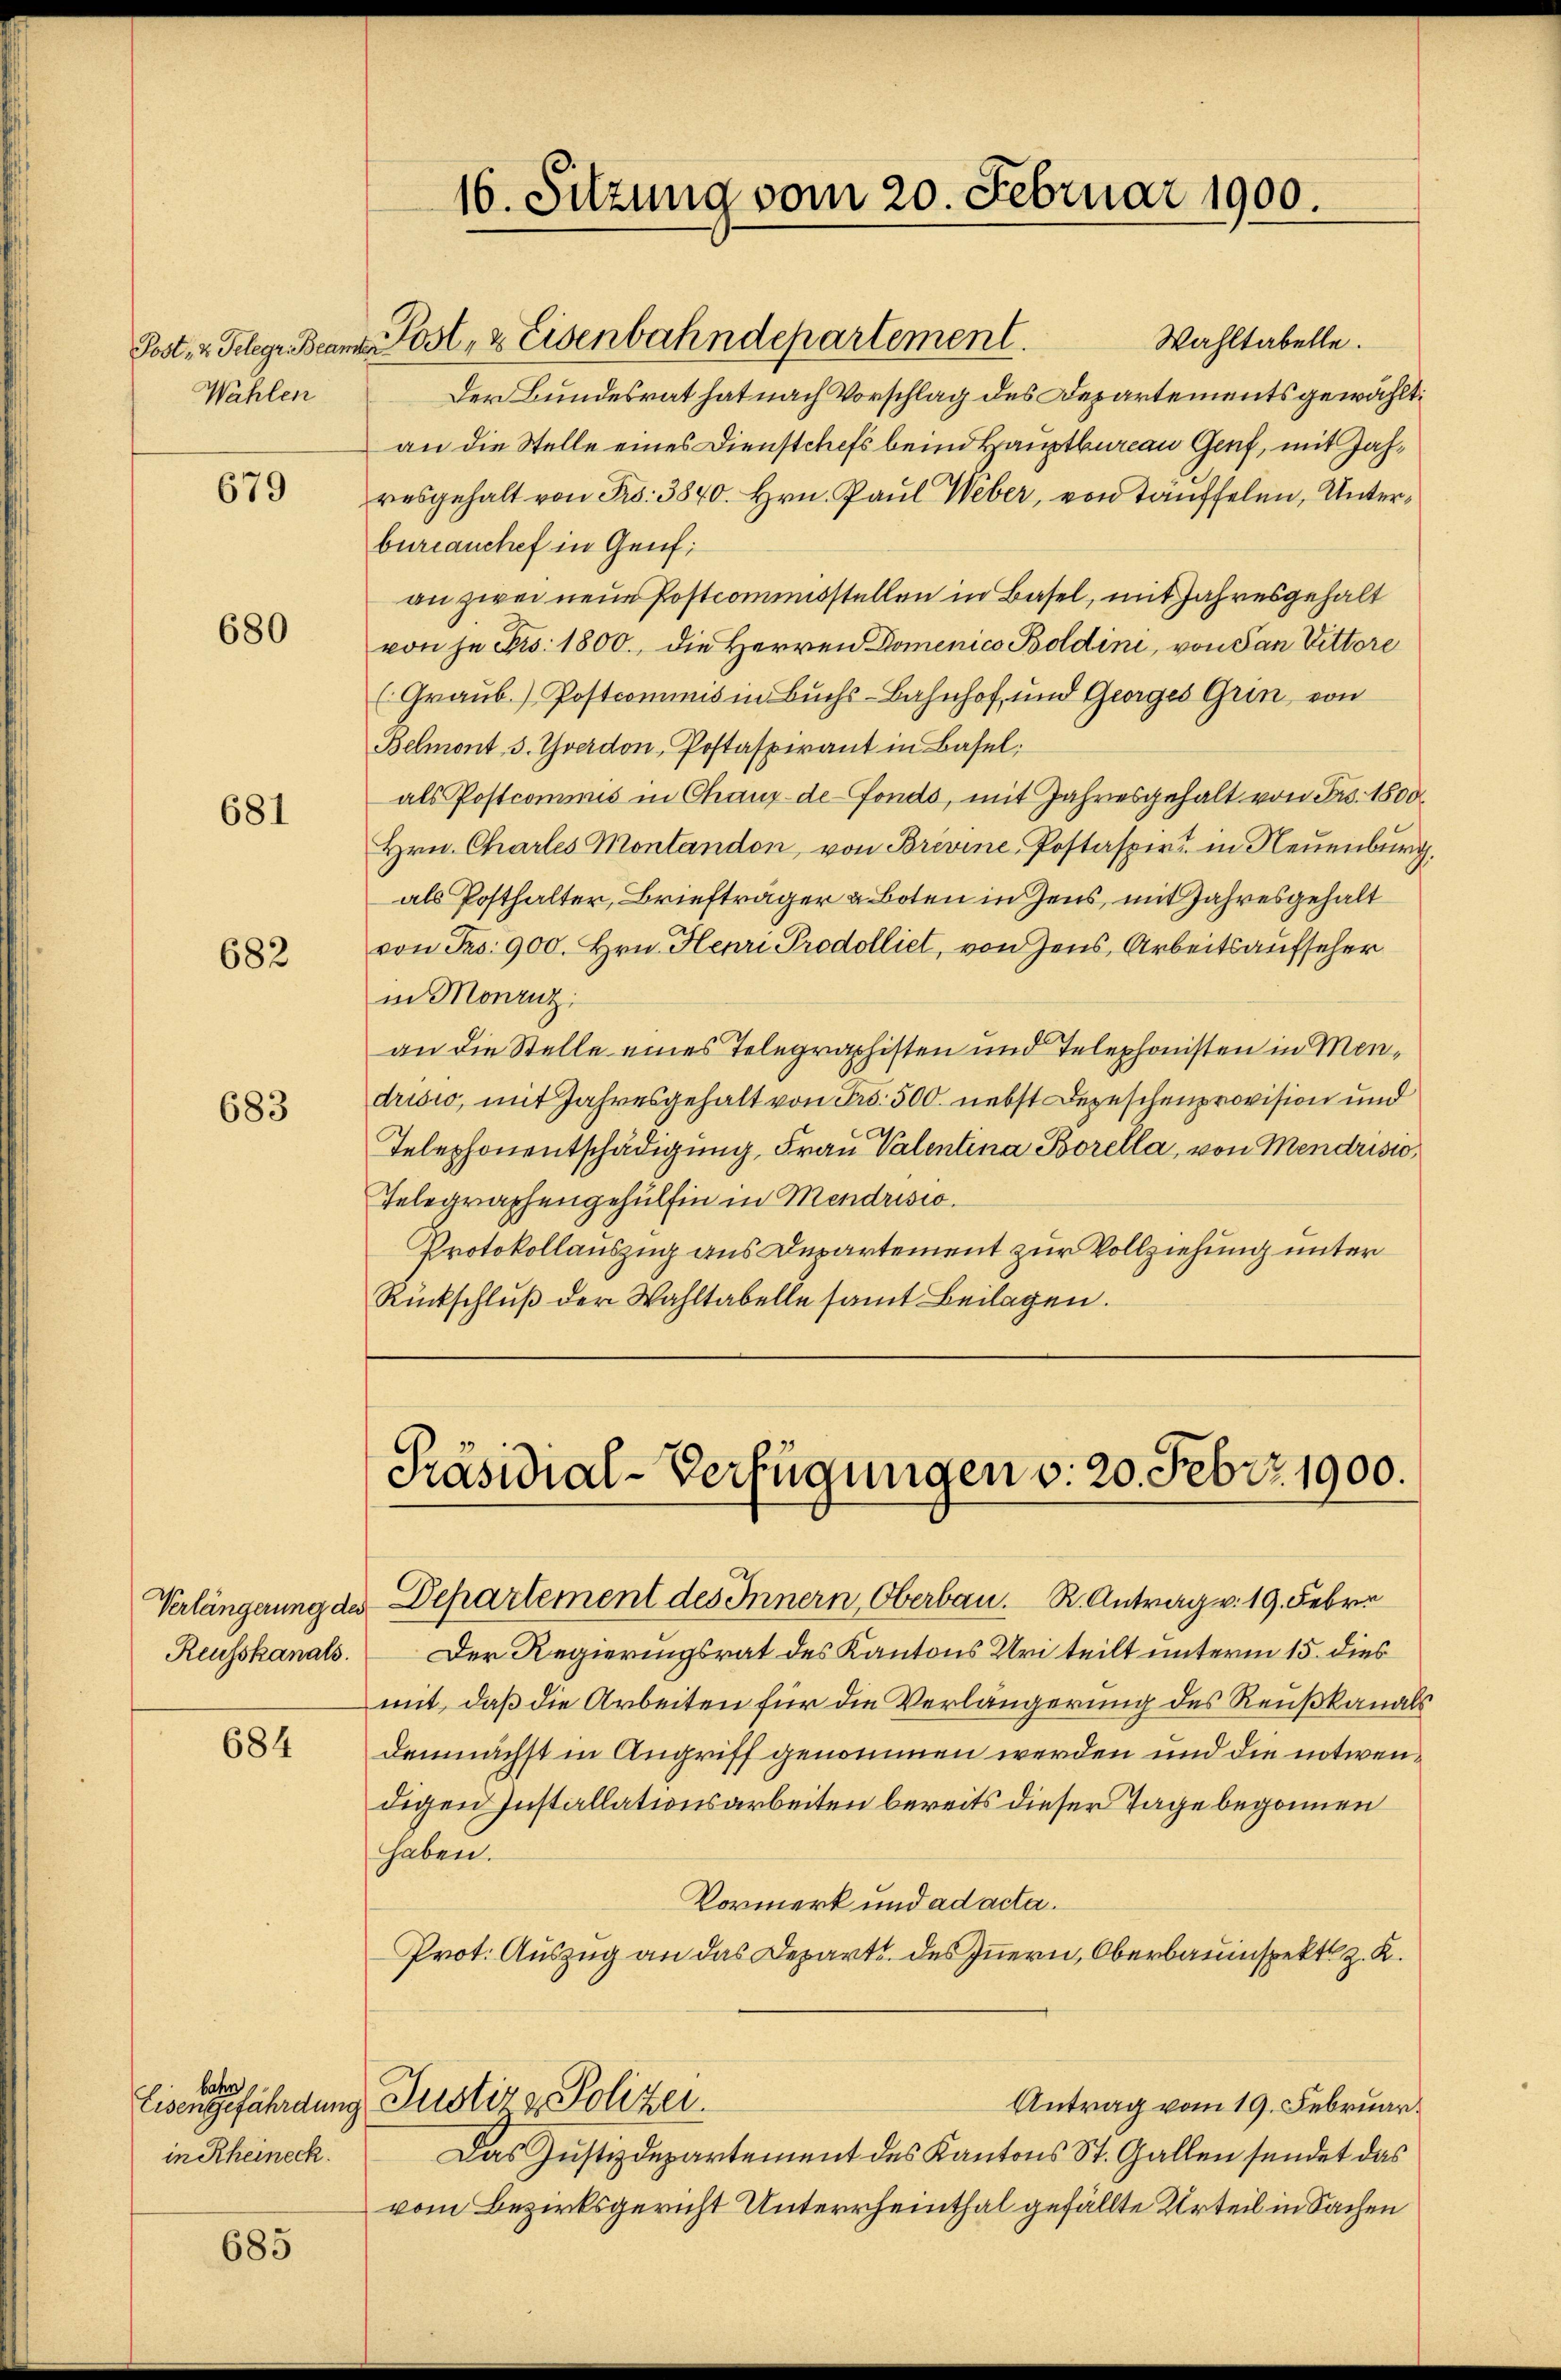
Wahlen

679

680

681

682

683

Verlängerung des
Reusskanals.

684

bahn
in Rheineck.

685

Wahltabelle.
Post- u. Telege Beamte Post- & Eisenbahndepartement.
Der Bundesrat hat nach Vorschlag des Departements gewählt:
an die Stelle eines Dienstchefs beim Hauptbureau Genf, mit Zahresgehalt von Fr. 3840. Hrn. Paul Weber, von Täuffelen, Unterbureauchef in Genf;
an zwei neue Postcommisstellen in Basel, mit Jahresgehalt
von je Fr. 1800., die Herren Domenico Boldini, von San Vittore
(Graub. / Postcommis in Buchs-Bahnhof und Georges Grin von
Belmont, 3. Yverdon, Postaspirant in Basel:
als Postcommis in Chaux-de-Fonds, mit Jahresgehalt von Fr. 1800
Hrn. Chartes Montandon, von Brevine-Postaspirt in Neuenburg,
als Posthalter, Briefträger u Boten in Zens, mit Jahresgehalt
von Fr. 900. Hrn. Henri Prodolliet, von Zens, Arbeitsaufseher
in Monzuz
an die Stelle eines Telegraphisten und Telephonisten in Mendrisco, mit Jahresgehalt von Fr. 500. nebst Depeschenprovision und
Telephonentschädigung, Frau Valentina Borella, von Mendristo
Telegraphengehülfen in Mendrisio
Protokollauszug aus Departement zur Vollziehung unter
Rückschluß der Wahltabelle samt Beilagen.

16. Sitzung vom 20. Februar 1900.

Präsidial-Verfügungen v. 20. Febr. 1900.

Departement des Innern, Oberbau. R. Antrag v. 19. Febr.
Der Regierungsrat des Kantons Uri teilt unterm 15. dies
mit, daß die Arbeiten für die Verlängerung des Reußkanals
demnächst in Angriff genommen werden und die notwendigen Installationsarbeiten bereits dieser Tage begonnen
haben.
Vormerk und ad acta.
Prot. Auszug an das Departe des Innern, Oberbauinspekt z. R.
Eisengefährdung. Justiz & Polizei.
Antrag vom 19. Februar.
Das Justizdepartement des Kantons St. Gallen sendet das
vom Bezirksgericht Unterrheinthal gefällte Urteil in Sachen